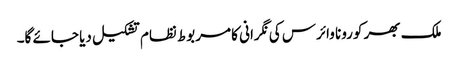
ملک بھر کورونا وائرس کی نگرانی کا مربوط نظام تشکیل دیا جائے گا۔